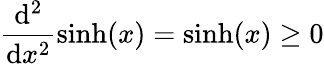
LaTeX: \frac{\mathrm{d}^{2}}{\mathrm{d}x^{2}}\sinh(x)=\sinh(x)\geq 0